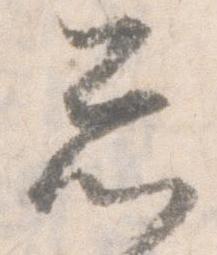
忩